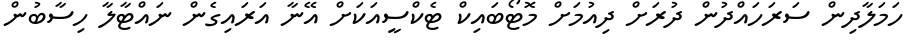
ހަމަލާދިން ސަރަހައްދުން ދުރަށް ދިއުމަށް މޮޓޯބައިކް ޓެކްސީއަކަށް އޭނާ އަރައިގެން ނައްޓާލާ ހިސާބުން